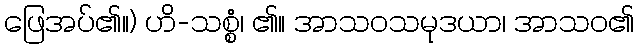
ဖြေအပ်၏။) ဟိ-သစ္စံ၊ ၏။ အာသဝသမုဒယာ၊ အာသဝ၏